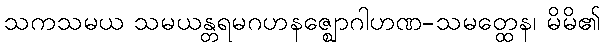
သကသမယ သမယန္တရမဂဟနဇ္ဈောဂါဟဏ-သမတ္ထေန၊ မိမိ၏